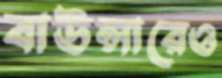
বাউন্সারেও